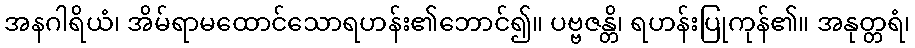
အနဂါရိယံ၊ အိမ်ရာမထောင်သောရဟန်း၏ဘောင်၍။ ပဗ္ဗဇန္တိ၊ ရဟန်းပြုကုန်၏။ အနုတ္တရံ၊